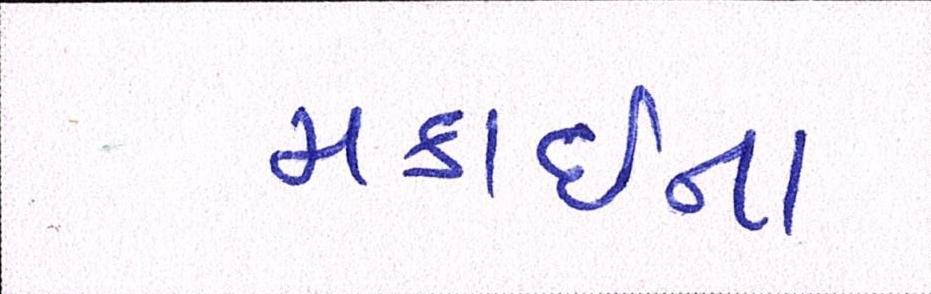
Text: મકાઈના